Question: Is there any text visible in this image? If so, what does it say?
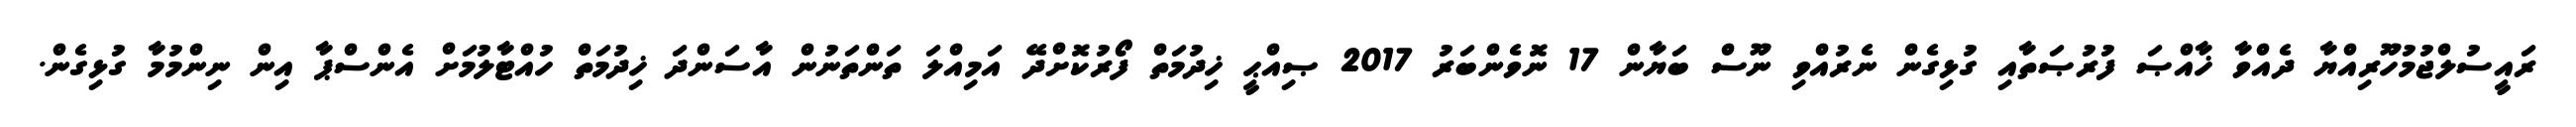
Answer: ރައީސުލްޖުމުހޫރިއްޔާ ދެއްވާ ޚާއްޞަ ފުރުޞަތާއި ގުޅިގެން ނެރުއްވި ނޫސް ބަޔާން 17 ނޮވެންބަރު 2017 ޞިއްޙީ ޚިދުމަތް ފޯރުކޮށްދޭ އަމިއްލަ ތަންތަނުން އާސަންދަ ޚިދުމަތް ހުއްޓާލުމަށް އެންސްޕާ އިން ނިންމުމާ ގުޅިގެން.